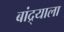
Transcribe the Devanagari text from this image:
बांद्र्याला